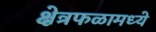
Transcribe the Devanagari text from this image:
क्षेत्रफळामध्ये